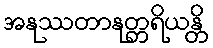
အနုဿတာနုတ္တရိယန္တိ